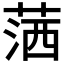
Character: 𦵜